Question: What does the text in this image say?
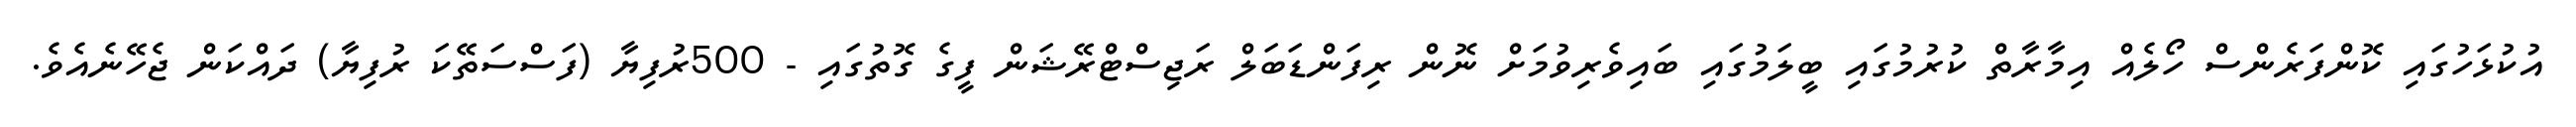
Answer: އުކުޅަހުގައި ކޮންފަރެންސް ހޯލެއް އިމާރާތް ކުރުމުގައި ބީލަމުގައި ބައިވެރިވުމަށް ނޮން ރިފަންޑަބަލް ރަޖިސްޓްރޭޝަން ފީގެ ގޮތުގައި - 500ރުފިޔާ (ފަސްސަތޭކަ ރުފިޔާ) ދައްކަން ޖެހޭނެއެވެ.